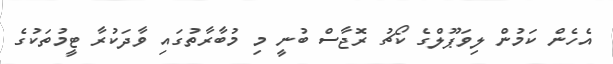
އެހެން ކަމުން ލިވަޕޫލްގެ ކޯޗު ރޮޖާސް ބުނީ މި މުބާރާތުގައި ވާދަކުރާ ޓީމުތަކުގެ